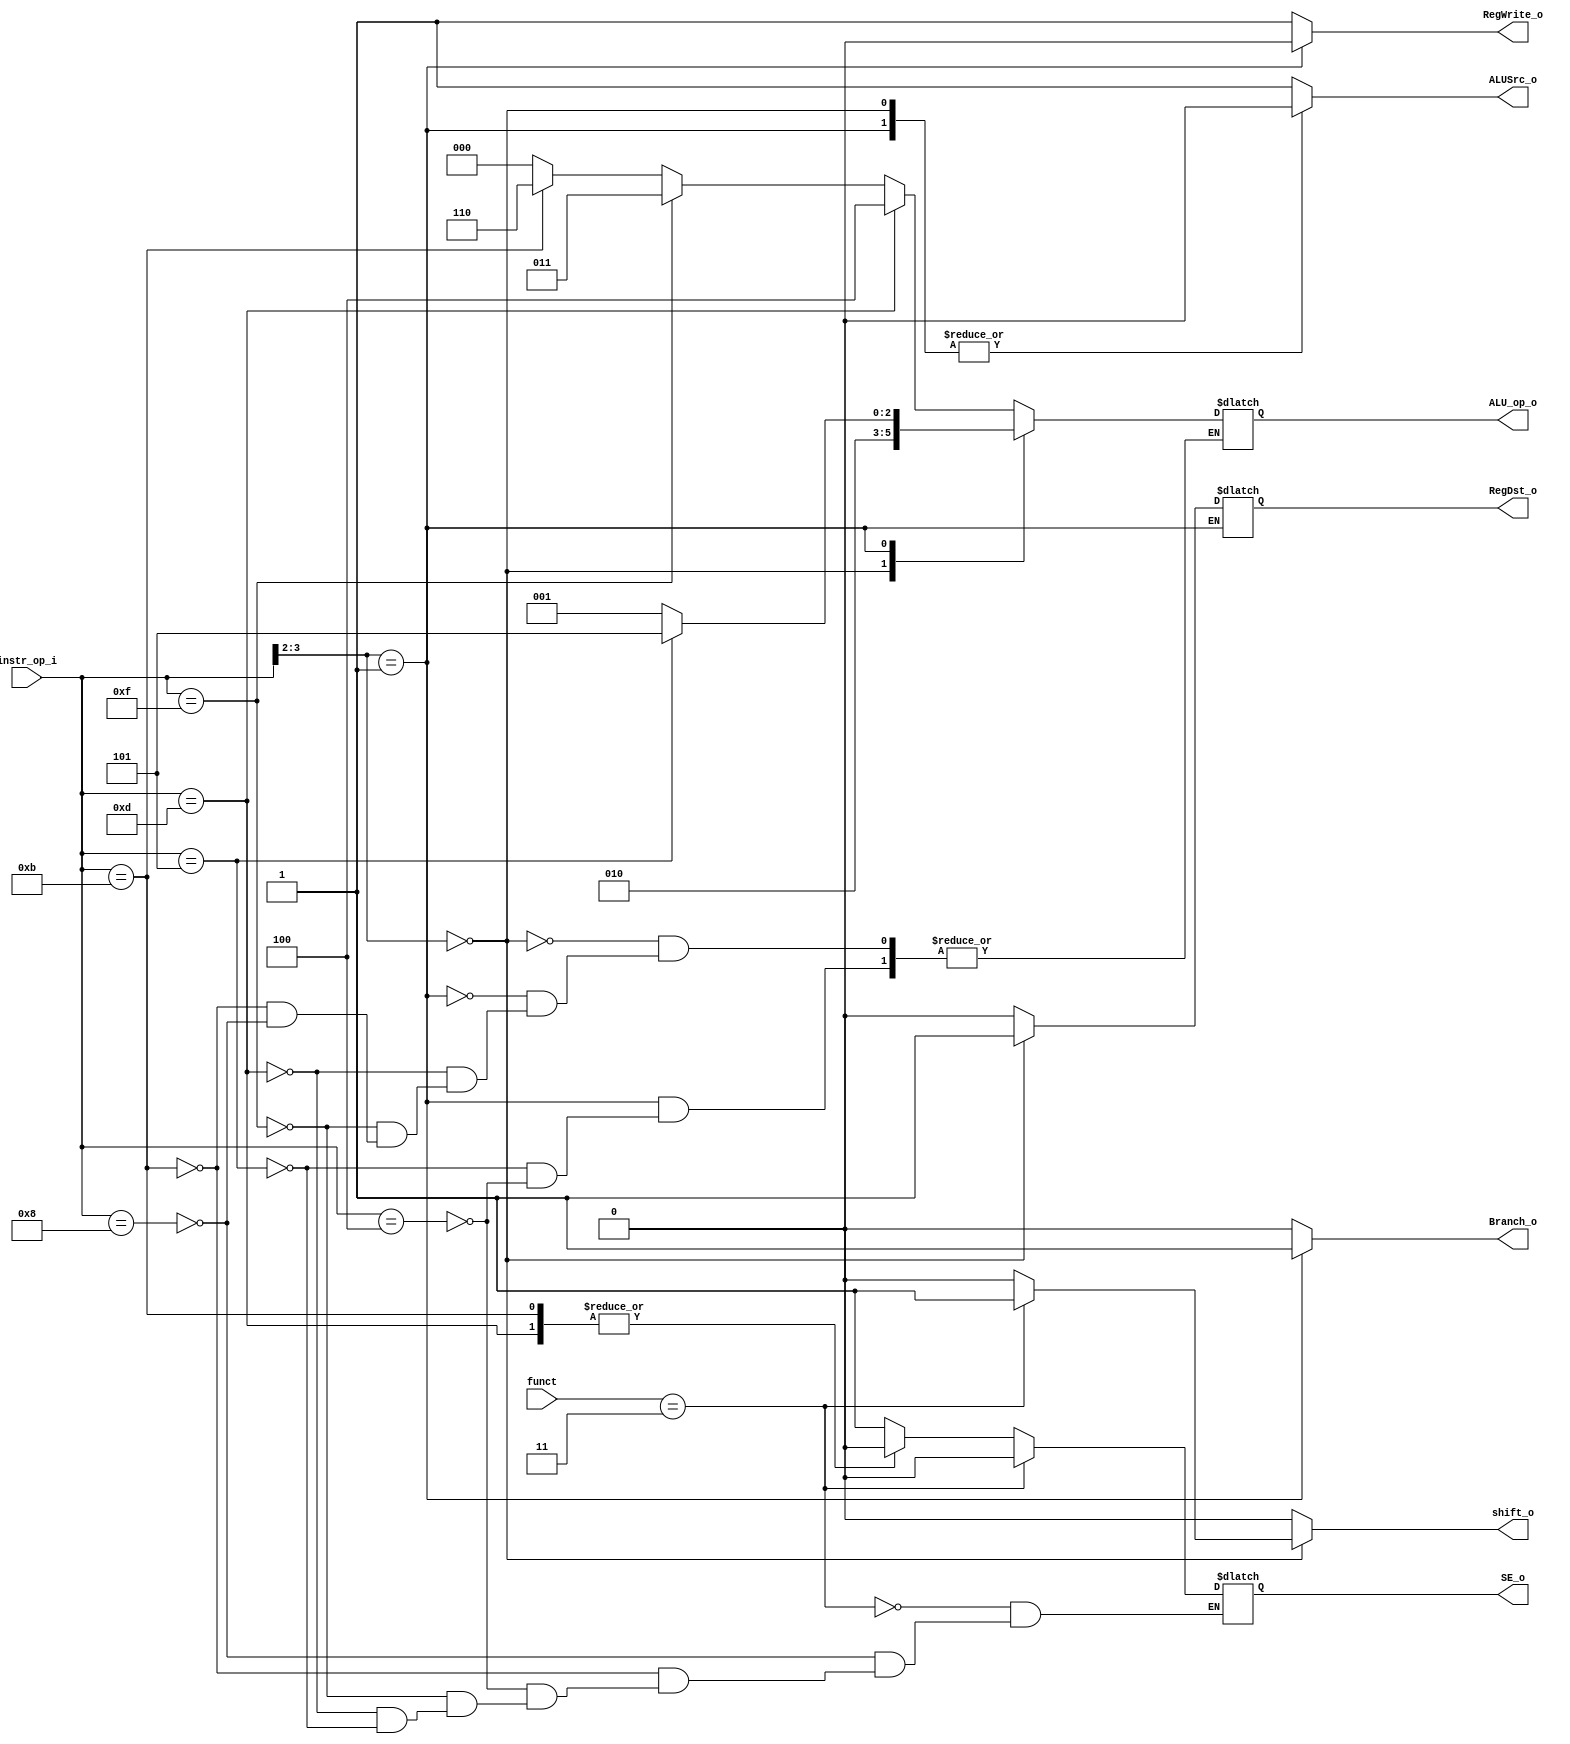
//Subject:     CO project 2 - Decoder
//--------------------------------------------------------------------------------
//Version:     1
//--------------------------------------------------------------------------------
//Writer:      Tracy Liu, Chieh Nien
//----------------------------------------------
//----------------------------------------------
//Description: 
//--------------------------------------------------------------------------------

module Decoder(
    instr_op_i,
    funct,
	RegWrite_o,
	ALU_op_o,
	ALUSrc_o,
	RegDst_o,
	Branch_o,
	shift_o,
	SE_o
	);
     
//I/O ports
input  [6-1:0] instr_op_i;
input  [6-1:0] funct;

output         RegWrite_o;
output [3-1:0] ALU_op_o;
output         ALUSrc_o;
output         RegDst_o;
output         Branch_o;
output         shift_o;
output         SE_o;
 
//Internal Signals
reg    [3-1:0] ALU_op_o;
reg            ALUSrc_o;
reg            RegWrite_o;
reg            RegDst_o;
reg            Branch_o;
reg            shift_o;
reg            SE_o;

//Parameter


//Main function
always@(*) begin
  case (instr_op_i[3:2])
    2'b00: begin // R-format
      if(funct == 6'b000011) shift_o <= 1;
      else shift_o <= 0;
      ALU_op_o <= 3'b010;
      ALUSrc_o <= 0;
      Branch_o <= 0;
      RegWrite_o <= 1;
      RegDst_o <= 1;
    end
    2'b01: begin // Branch
      if (instr_op_i == 6'b000100) ALU_op_o <= 3'b001; // beq
      if (instr_op_i == 6'b000101) ALU_op_o <= 3'b101; // bne
      ALUSrc_o <= 0;
      Branch_o <= 1;
      RegWrite_o <= 0;
      shift_o <= 0;
    end
    default: begin // I-format
      ALUSrc_o <= 1;
      Branch_o <= 0;
      RegWrite_o <= 1;
      RegDst_o <= 0;
      shift_o <= 0;
      if (instr_op_i == 6'b001000) ALU_op_o <= 3'b000; // addi
      if (instr_op_i == 6'b001011) ALU_op_o <= 3'b110; // sltiu
      if (instr_op_i == 6'b001111) ALU_op_o <= 3'b011; // lui
      if (instr_op_i == 6'b001101) ALU_op_o <= 3'b100; // ori
    end
  endcase
  case (instr_op_i)
    6'b001000: SE_o <= 1;
    6'b001011: SE_o <= 0;
    6'b000100: SE_o <= 1;
    6'b001111: SE_o <= 1;
    6'b001101: SE_o <= 0;
    6'b000101: SE_o <= 1;
  endcase
  case (funct)
    6'b000011: SE_o <= 0; //sra unsign for extend
  endcase
end

endmodule